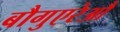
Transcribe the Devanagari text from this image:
बौगुएरेऔ